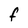
Character: F